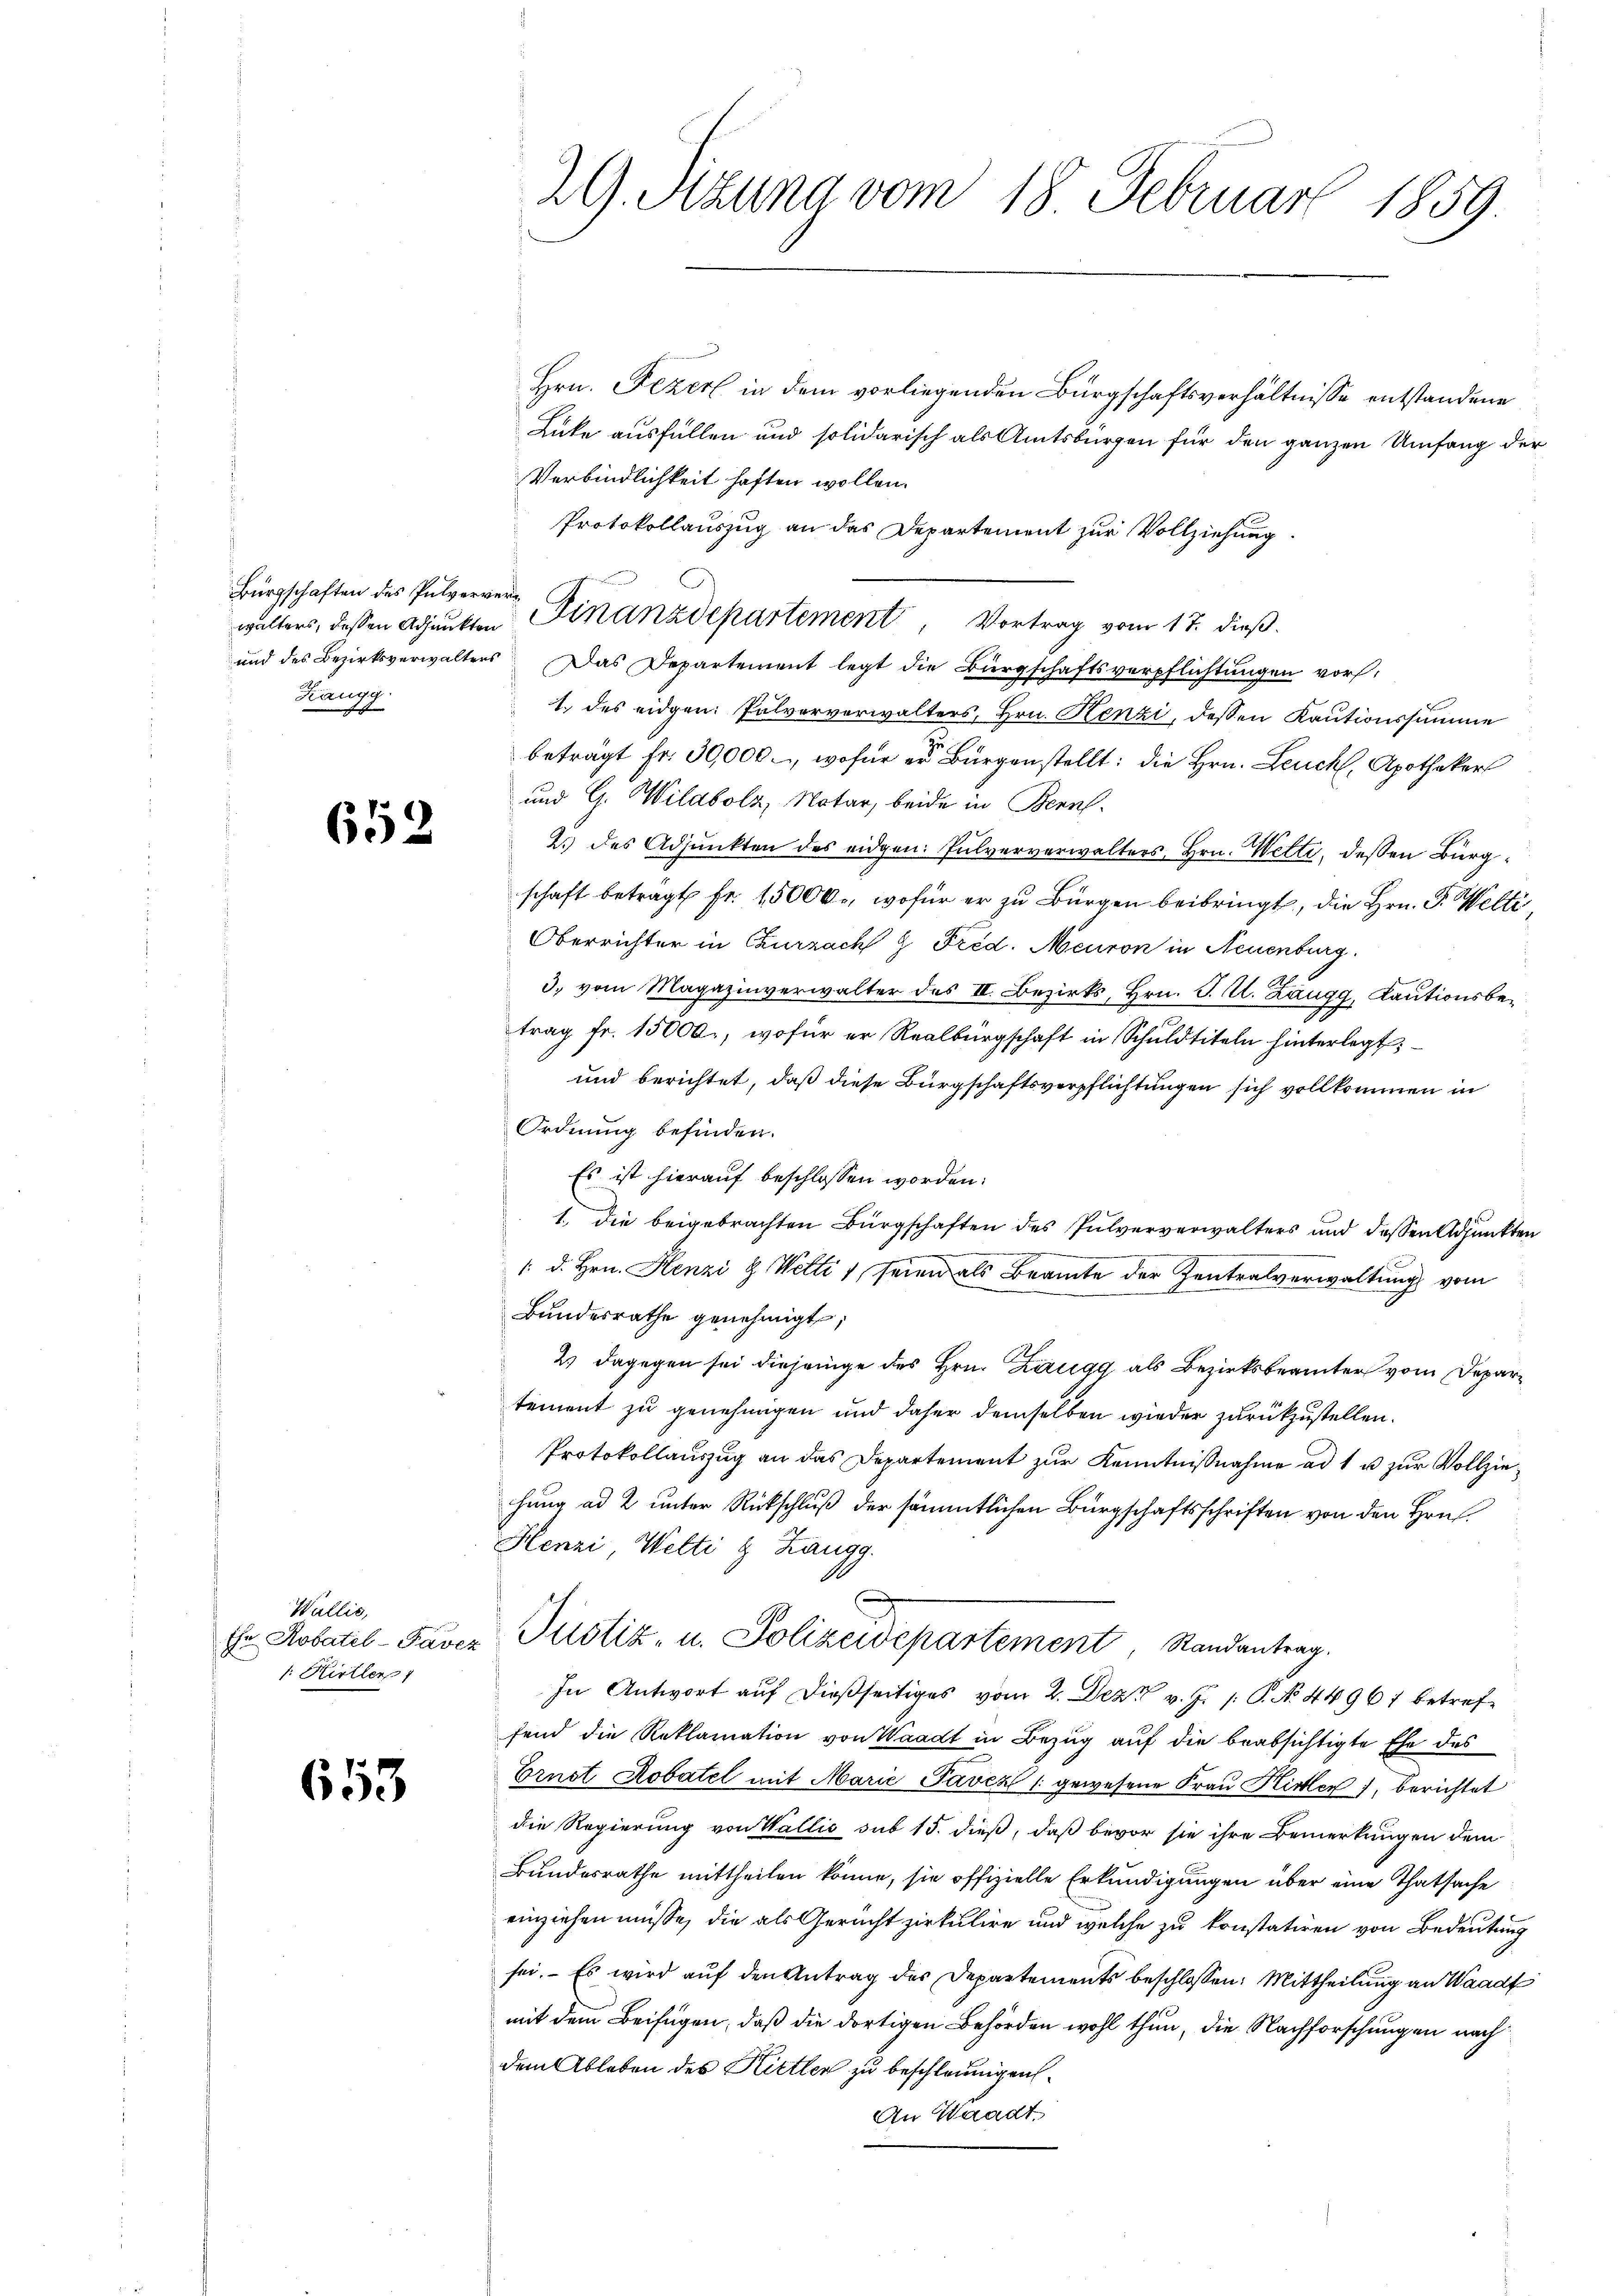
Bürgschaften des Pulverver¬
Kangg.

652

Wallis,
Ehr Robatel-Pavez
: Kirtler 1

653

29. Sitzung vom 18. Februar 1859.

Hrn. Fezerl in dem vorliegenden Bürgschaftsverhältnisse entstandene
Lücke ausfüllen und solidarisch als Amtsbürgen für den ganzen Umfang der
Verbindlichkeit haften wollen.
Protokollauszug an das Departement zur Vollziehung.
und des Bezirksverwalters Das Departement legt die Bürgschaftsverpflichtŭngen vor,
1. des eidgen. Pulververwalters, Hrn. Kenzi, dessen Kautionssamme
E
beträgt Fr. 30,000., wofür er Bürgenstellt: die Hrn. Leuch, Apotheker
und G. Wildbolz, Notar, beide in Bern.
2. des Adjunkten des eidgen. Pulververwalters, Hrn. Welti, dessen Bürgschaft betragt fr. 15000., wofür er zu Bürgen beibringt, die Hrn. G. Welti,
Oberrichter in Curzach & Fred. Meuron in Neuenburg
3. vom Magazinverwalter des II. Bezirks, Hrn. J. U. Zaugg, Kautionsbetrag fr. 15000., wofür er Realbürgschaft in Schuldtiteln hinterlegt,
und berichtet, daß diese Bürgschaftsverpflichtungen sich vollkommen in
Ordnung befinden.
Es ist hierauf beschlossen worden.
1. die beigebrachten Bürgschaften des Pulververwalters und dessen Adjunkten
/. d. Hrn. Henzi & Welti 1, seien als Beamte der Zentralverwaltungs vom
Bundesrathe genehmigt;
2) dagegen sei diejenige des Hrn. Zaugg als Bezirksbeamter vom Departement zu genehmigen und daher demselben wieder zurückzustellen.
Protokollauszug an das Departement zur Kenntnißnahme ad 1 u zur Vollziehung ad 2 unter Rückschluß der sämmtlichen Bürgschaftsschriften von den Hrn.
Henzi, Welti g Zangg.
Justiz- u. Polizei es se partement, Randantrag.
In Antwort auf dießseitiges vom 2. Dez. v. J. P. No 44961 betreffend die Reklamation von Waadt in Bezug auf die beabsichtigte Ehe des
Ernst Robatel mit Marie Paven /: gewesene Frau Hirter), berichtet
die Regierung von Wallis sub 15. dieß, daß bevor sie ihre Bemerkungen dem
Bundesrathe mittheilen könne, sie offizielle Erkundigungen über eine Thatsache
einziehen müsse, die als Gericht zirkulire und welche zu konstatiren von Bedeutung
sei. Es wird auf den Antrag des Departements beschlossen: Mittheilung an Waadt
mit dem Beifügen, daß die dortigen Behörden wohl thun, die Nachforschungen nach
dem Ableben des Kittlen zu beschleunigen
An Waadt,

walters, dessen Adjunkten Finanzdepartement, Vortrag vom 17. dieß.